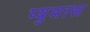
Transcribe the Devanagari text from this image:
प्युमास